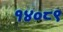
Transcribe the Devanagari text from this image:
१४०८९